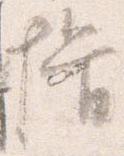
揖